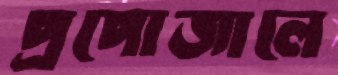
প্রপোজালে